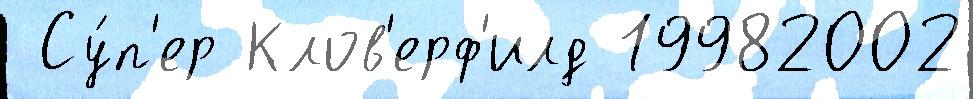
 Су́п'ер Клов'ерф'илд 19982002